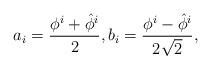
LaTeX: \begin{align*}a_i = \frac{\phi^{i} + \hat\phi^{i}}{2},b_i = \frac{\phi^{i} - \hat\phi^{i}}{2 \sqrt{2} },\end{align*}